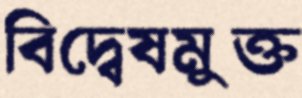
বিদ্বেষমুক্ত